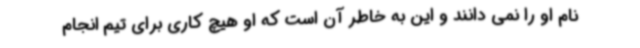
نام او را نمی دانند و این به خاطر آن است که او هیچ کاری برای تیم انجام